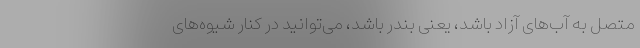
متصل به آب‌های آزاد باشد، یعنی بندر باشد، می‌توانید در کنار شیوه‌های